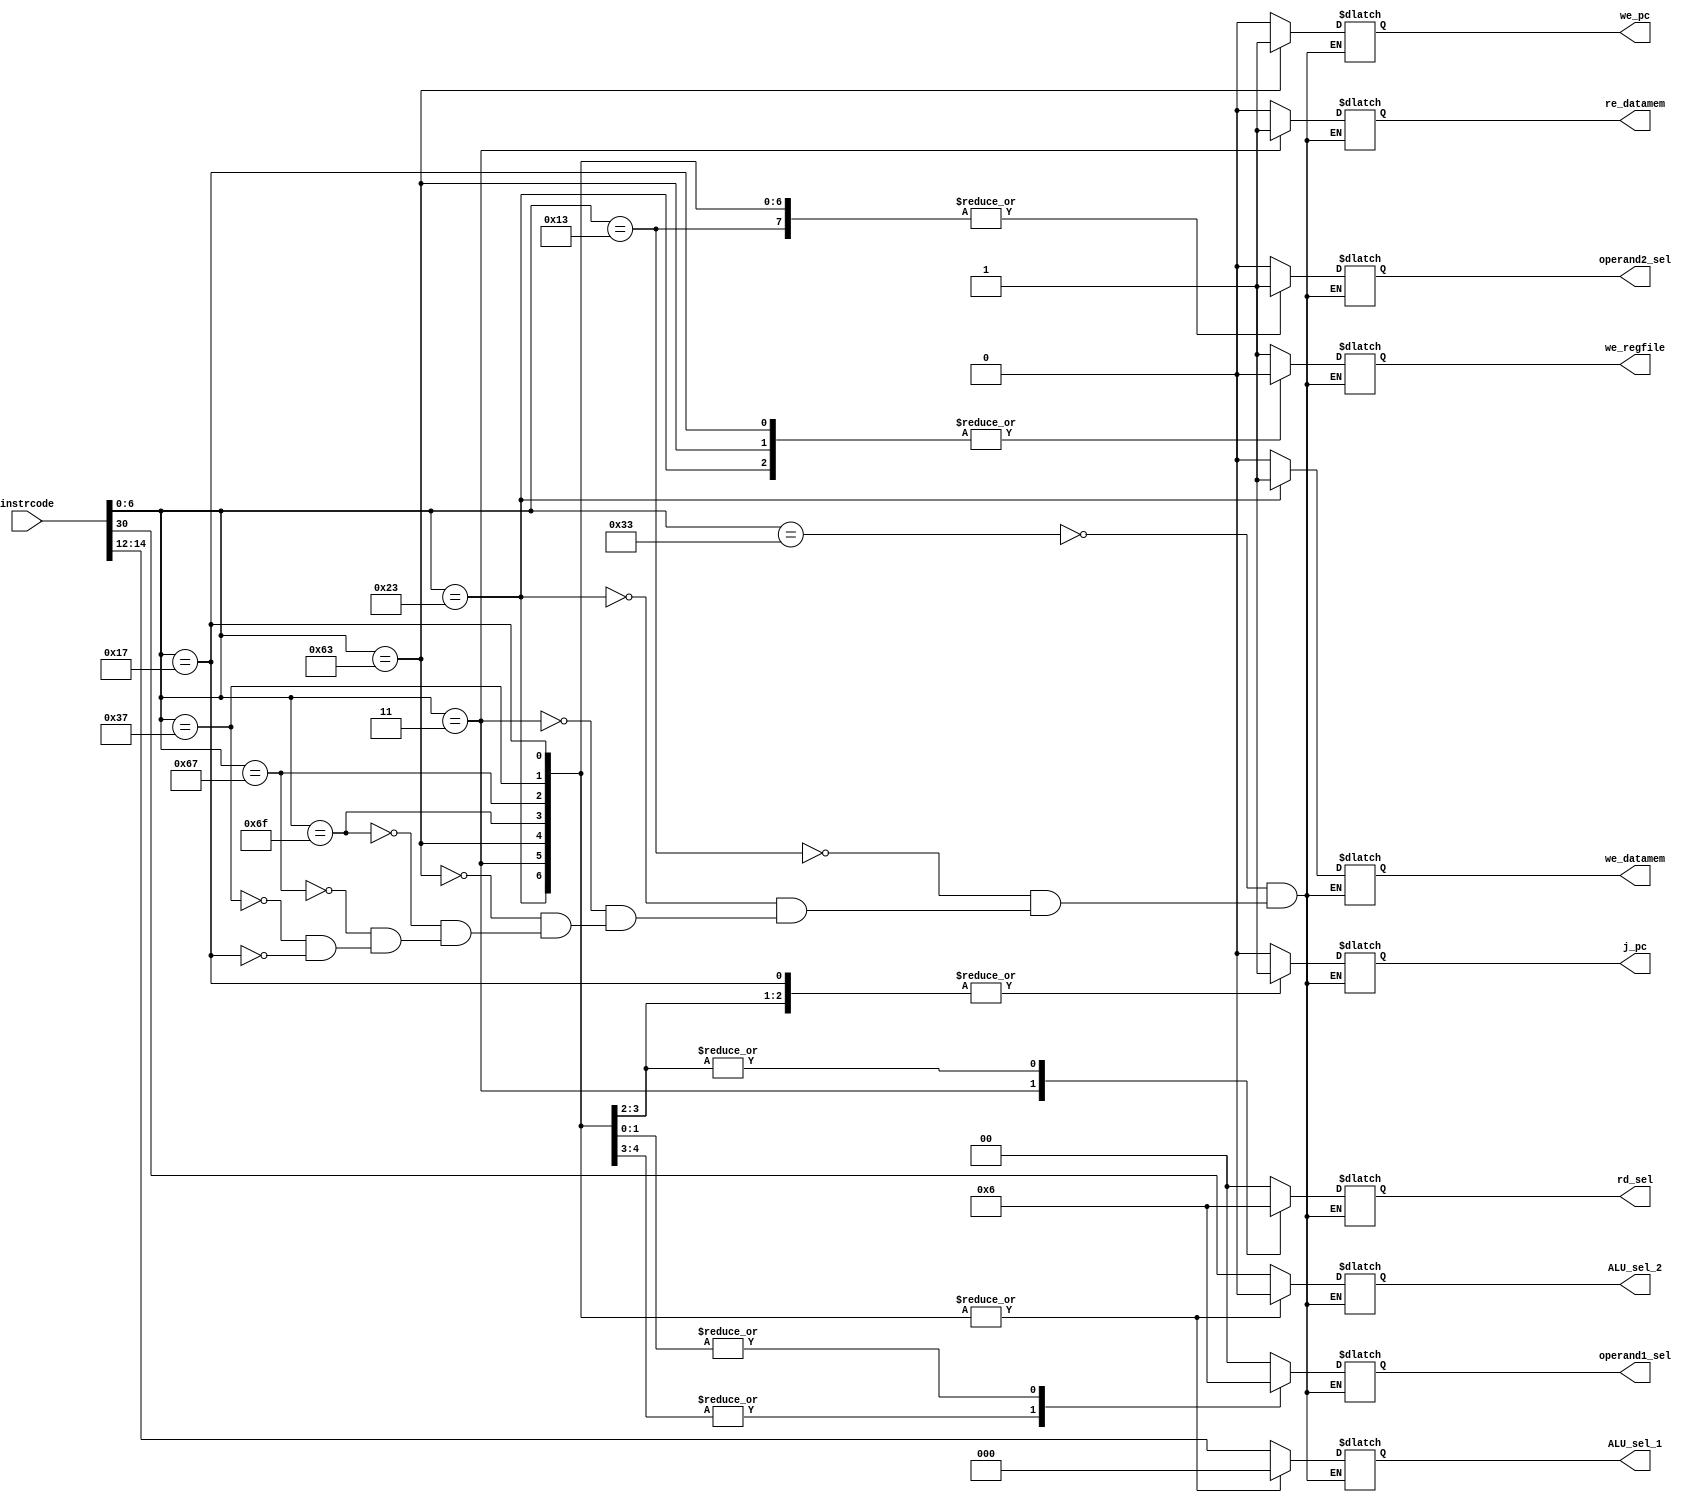
`timescale 1ns / 1ps
//////////////////////////////////////////////////////////////////////////////////
// Company: 
// Engineer: 
// 
// Design Name: 
// Module Name: InstrDecoder
// Project Name: 
// Target Devices: 
// Tool Versions: 
// Description: 
// 
// Dependencies: 
// 
// Revision:
// Revision 0.01 - File Created
// Additional Comments:
// 
//////////////////////////////////////////////////////////////////////////////////


module InstrDecoder(

    output reg we_regfile,
    output reg we_datamem,
    output reg re_datamem,
    output reg [2:0] ALU_sel_1,
    output reg ALU_sel_2,
    output reg we_pc,
    output reg j_pc,
    output reg [1:0] operand1_sel,
    output reg operand2_sel,
    output reg [1:0] rd_sel,
    input [31:0] instrcode

    );
    
        
    always@(*)begin
    
    case(instrcode[6:0])
    //r type
            7'b0110011:begin
            operand1_sel=2'b00;
            operand2_sel=1'b0;
            we_regfile=1'b1;
            ALU_sel_1= instrcode[14:12];
            ALU_sel_2=instrcode[30];
            rd_sel=2'b00;
            we_datamem=1'b0;
            re_datamem=1'b0;
            we_pc=1'b0;
            j_pc=1'b0;
            end
            
            //i type
            7'b0010011: begin
            operand1_sel=2'b00;    
            operand2_sel=1'b1;
            we_regfile=1'b1;  
            ALU_sel_1= instrcode[14:12];
            ALU_sel_2=instrcode[30];
            rd_sel=2'b00;
            we_datamem=1'b0;
            re_datamem=1'b0; 
            we_pc=1'b0; 
            j_pc=1'b0;
            end
            
            //s type
            7'b0100011:begin
            operand1_sel=2'b00;
            operand2_sel=1'b1;
            we_regfile=1'b0;
            we_datamem=1'b1;
            re_datamem=1'b0;
            we_pc=1'b0;
            j_pc=1'b0;
            rd_sel=2'b00;
            ALU_sel_1=3'b000; 
            ALU_sel_2=1'b0;
            end
            
            
            //L type
            7'b0000011 :begin
            operand1_sel=2'b00;
            operand2_sel=1'b1;
            we_regfile=1'b1;
            we_datamem=1'b0;
            re_datamem=1'b1;
            we_pc=1'b0;
            j_pc=1'b0;
            rd_sel=2'b01;
            ALU_sel_1=3'b000;
            ALU_sel_2=1'b0;
            
            end
            
            //B type
            7'b1100011:begin
            operand1_sel=2'b01;
            operand2_sel=1'b1;
            we_regfile=1'b0;
            we_datamem=1'b0;
            re_datamem=1'b0;
            j_pc=1'b0;
            we_pc=1'b1;
            rd_sel=2'b00;
            ALU_sel_1=3'b000;
            ALU_sel_2=1'b0;            
            end
            
            
            //JAL
            7'b1101111: begin
            operand1_sel=2'b01;
            operand2_sel=1'b1;
            we_regfile=1'b1;
            we_datamem=1'b0;
            re_datamem=1'b0;
            j_pc=1'b1;
            we_pc=1'b0;
            ALU_sel_1=3'b000;
            ALU_sel_2=1'b0;
            rd_sel=2'b10;
            end
            
            
            //JALR
            7'b1100111:begin
            operand1_sel=2'b00;
            operand2_sel=1'b1;
            we_regfile=1'b1;
            we_datamem=1'b0;
            re_datamem=1'b0;
            j_pc=1'b1;
            we_pc=1'b0;
            ALU_sel_1=3'b000;
            ALU_sel_2=1'b0;
            rd_sel=2'b10;            
            end
            
            //LUI
            7'b0110111:begin
            operand1_sel=2'b10;
            operand2_sel=1'b1;
            we_regfile=1'b1;
            we_datamem=1'b0;
            re_datamem=1'b0;
            j_pc=1'b0;
            we_pc=1'b0;
            ALU_sel_1=3'b000;
            ALU_sel_2=1'b0;
            rd_sel=2'b00;            
            end
            
            
            //AUIPC
            7'b0010111:begin
            operand1_sel=2'b10;
            operand2_sel=1'b1;
            we_regfile=1'b0;
            we_datamem=1'b0;
            re_datamem=1'b0;
            rd_sel=2'b00;
            j_pc=1'b1;
            we_pc=1'b0;
            ALU_sel_1=3'b000;
            ALU_sel_2=1'b0;              
            end
            
            endcase
            
            end

endmodule